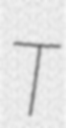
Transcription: T